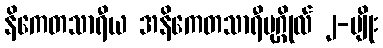
နိကေတသာရီယ အနိကေတသာရီပုဂ္ဂိုလ် ၂-မျိုး